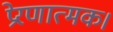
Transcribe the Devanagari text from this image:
प्रेरणात्मक।